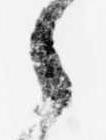
々